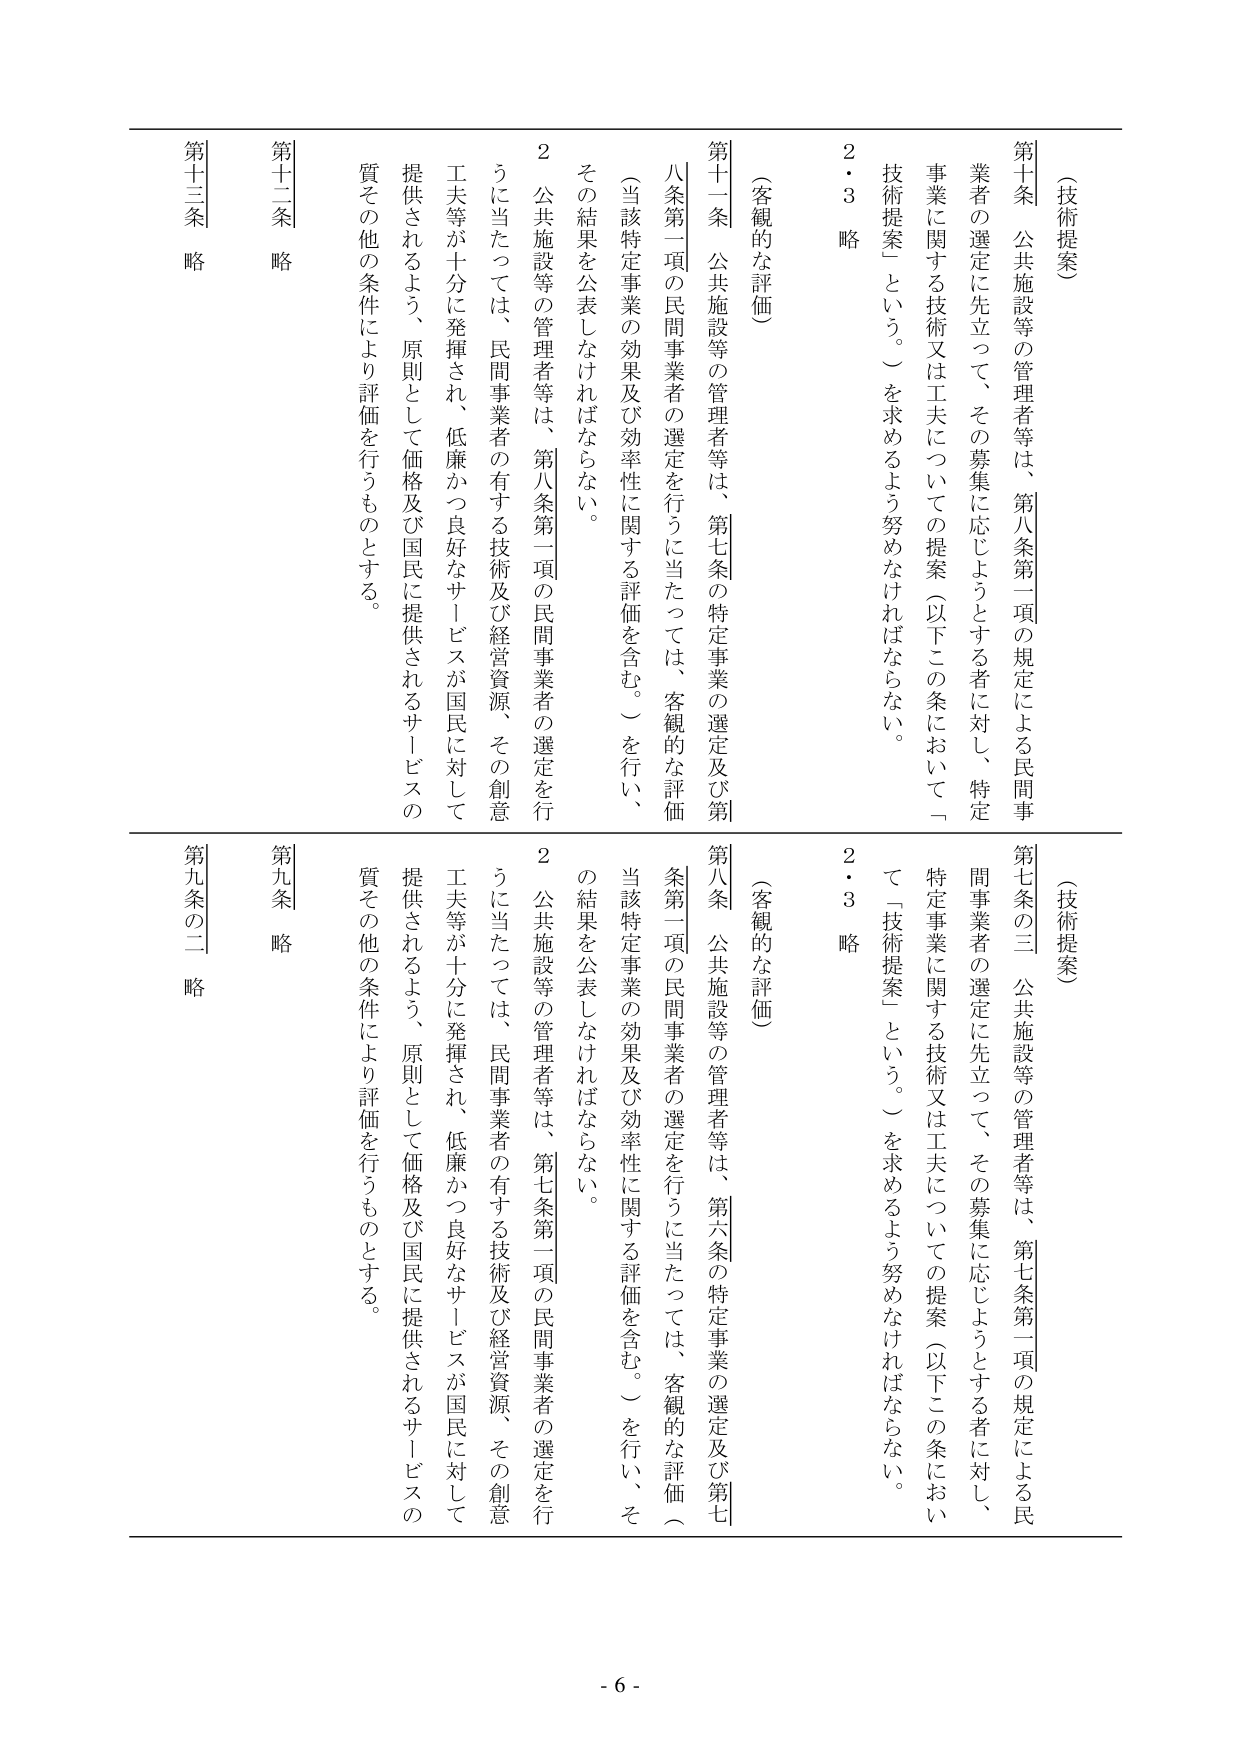
（技術提案）
第十条　公共施設等の管理者等は、第八条第一項の規定による民間事業者の選定に先立って、その募集に応じようとする者に対し、特定事業に関する技術又は工夫についての提案（以下この条において「技術提案」という。）を求めるよう努めなければならない。

２・３　略

（客観的な評価）
第十一条　公共施設等の管理者等は、第七条の特定事業の選定及び第八条第一項の民間事業者の選定を行うに当たっては、客観的な評価（当該特定事業の効果及び効率性に関する評価を含む。）を行い、その結果を公表しなければならない。

２　公共施設等の管理者等は、第八条第一項の民間事業者の選定を行うに当たっては、民間事業者の有する技術及び経営資源、その創意工夫等が十分に発揮され、低廉かつ良好なサービスが国民に対して提供されるよう、原則として価格及び国民に提供されるサービスの質その他の条件により評価を行うものとする。

第十二条　略
第十三条　略

（技術提案）
第七条の三　公共施設等の管理者等は、第七条第一項の規定による民間事業者の選定に先立って、その募集に応じようとする者に対し、特定事業に関する技術又は工夫についての提案（以下この条において「技術提案」という。）を求めるよう努めなければならない。

２・３　略

（客観的な評価）
第八条　公共施設等の管理者等は、第六条の特定事業の選定及び第七条第一項の民間事業者の選定を行うに当たっては、客観的な評価（当該特定事業の効果及び効率性に関する評価を含む。）を行い、その結果を公表しなければならない。

２　公共施設等の管理者等は、第七条第一項の民間事業者の選定を行うに当たっては、民間事業者の有する技術及び経営資源、その創意工夫等が十分に発揮され、低廉かつ良好なサービスが国民に対して提供されるよう、原則として価格及び国民に提供されるサービスの質その他の条件により評価を行うものとする。

第九条　略
第九条の二　略

- 6 -